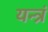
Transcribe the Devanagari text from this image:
यन्त्रं